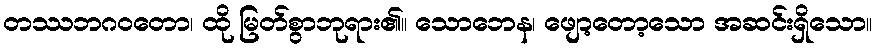
တဿဘဂဝတော၊ ထို မြတ်စွာဘုရား၏။ သောဘေန၊ ဖျော့တော့သော အဆင်းရှိသော။